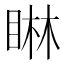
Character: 𪾭